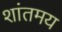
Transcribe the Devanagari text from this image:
शांतमय